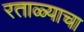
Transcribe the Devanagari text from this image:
रताळ्याचा